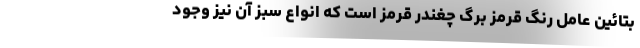
بتائین عامل رنگ قرمز برگ چغندر قرمز است که انواع سبز آن نیز وجود